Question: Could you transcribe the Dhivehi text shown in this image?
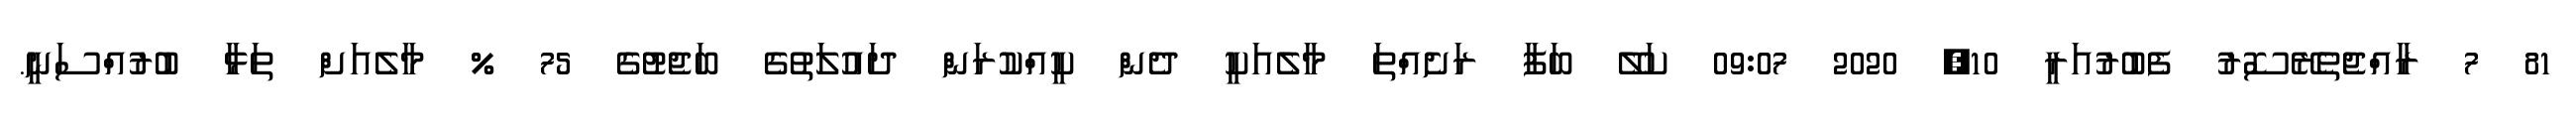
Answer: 81 7 ރާއްޖެތެރޭސޮރު ފެބުރުއަރީ 10, 2020 09:07 ކަލޭ ބަފާ ރަށެއްތަ މާލެއަކީ ދެން ކީއްކުރަން ދައުލަތުގެ ބަޖެޓުގެ 75 % މާލެއަށް ތަޅާ ބުރުއްސަނީ.